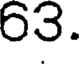
03.